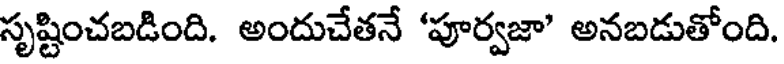
సృష్టించబడింది. అందుచేతనే 'పూర్వజా' అనబడుతోంది.